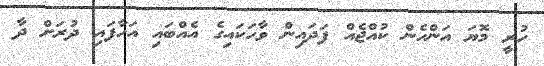
ހުރީ މޮޔަ އަންހެން ކުއްޖެއް ފަދައިން ވާހަކައިގެ އެއްބައި އަހާފައި ދުރަށް ދާ